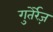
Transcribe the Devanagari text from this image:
गुतेर्रेज़